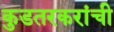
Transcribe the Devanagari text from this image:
कुडतरकरांची